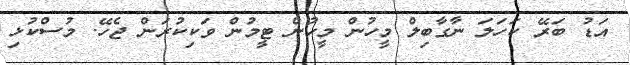
އަޑު ބަރޭ ކަހަލަ ނާގާބިލް މީހުން މީހުން ޓީމުން ވަކިކުރަން ޖެހޭ. މުސްކުޅި